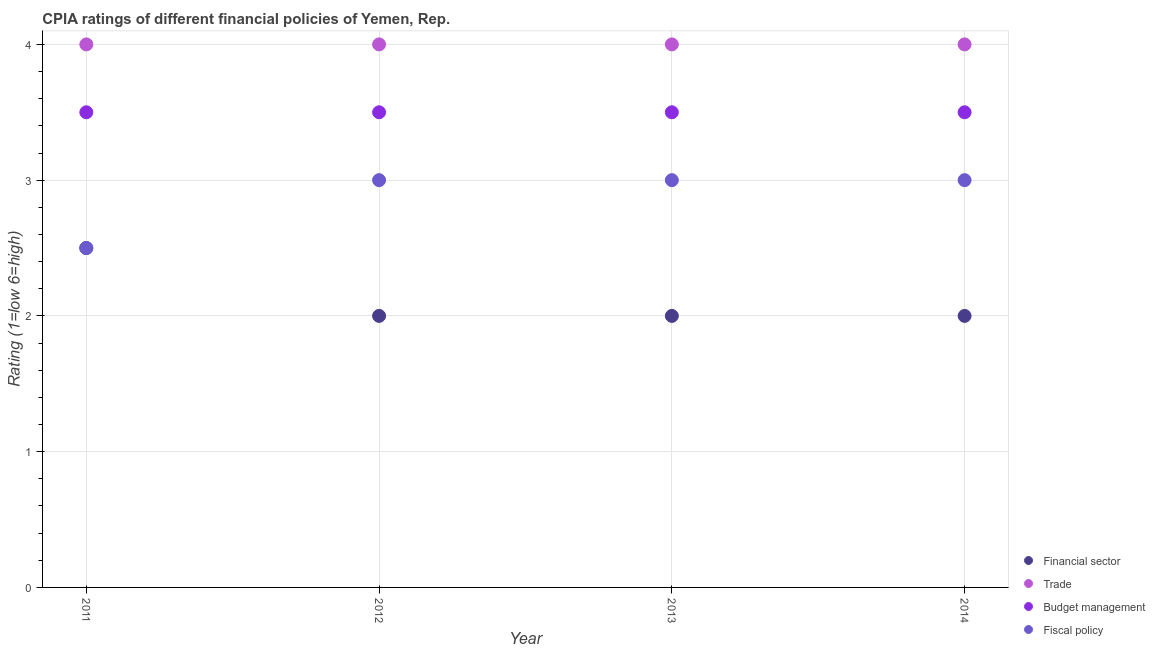
| Year | Financial sector | Trade | Budget management | Fiscal policy |
 | --- | --- | --- | --- | --- |
 | 2011 | 2.5 | 4 | 3.5 | 2.5 |
 | 2012 | 2 | 4 | 3.5 | 3 |
 | 2013 | 2 | 4 | 3.5 | 3 |
 | 2014 | 2 | 4 | 3.5 | 3 |